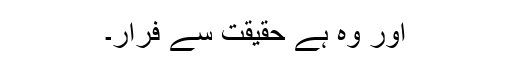
اور وہ ہے حقیقت سے فرار۔